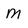
Character: M